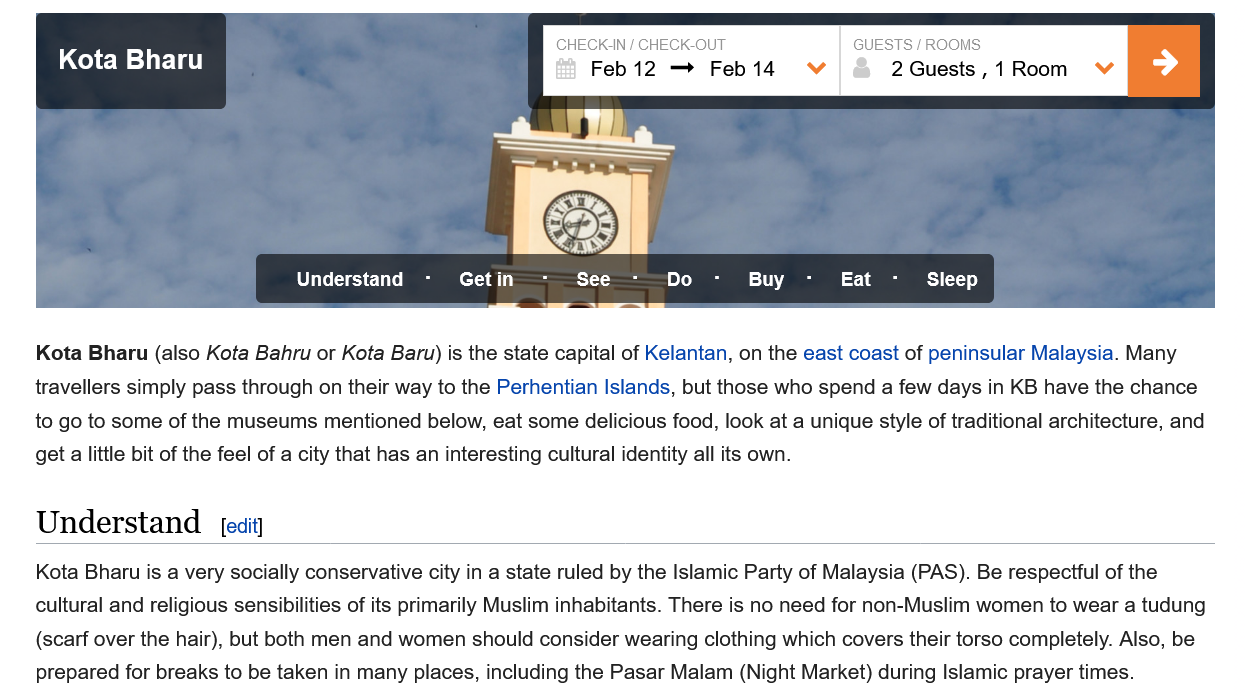
KN
    |
     CHECK-OU    GUESTS
     Kota  Bharu
    Kota Bharu (also Kota Bahru or Kota Baru) is the state capital of Kelantan, on the east coast of peninsular Malaysia. Many
    travellers simply pass through on their way to the Perhentian Islands, but those who spend a few days in KB have the chance
    to go to some of the museums mentioned below, eat some delicious food, look at a unique style of traditional architecture, and
    get a little bit of the feel of a city that has an interesting cultural identity all its own.
    Understand
    Kota Bharu is a very socially conservative city in a state ruled by the Islamic Party of Malaysia (PAS). Be respectful of the
    cultural and religious sensibilities of its primarily Muslim inhabitants. There is no need for non-Muslim women to wear a tudung
    (scarf over the hair), but both men and women should consider wearing clothing which covers their torso completely. Also, be
    prepared for breaks to be taken in many places, including the Pasar Malam (Night Market) during Islamic prayer times.

     Understand  -  Getin   -  See   -—Do   -
     Buy
     -  Eat  -
     Sleep
     Feb12  —   Feb 14    2 Guests
     ,
     1 Room — a
     ee